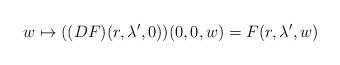
LaTeX: \begin{align*}w\mapsto ((DF)(r,\lambda',0))(0,0,w)=F(r,\lambda',w)\end{align*}